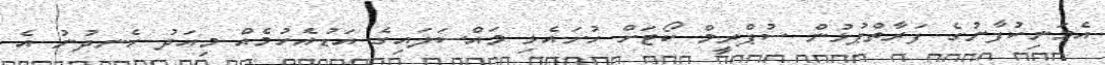
އެމަނިކުފާނުގެ ފަރާތްޕުޅުން ސުޕްރީމް ކޯޓަށް ހުށައެޅި މައްސަލައިގެ އަޑުއެހުމެއް މިއަދު ހެނދުނު އެ